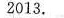
2013.